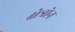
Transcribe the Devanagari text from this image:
क्षेत्रोन